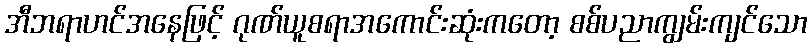
အီဘရာဟင်အနေဖြင့် ဂုဏ်ယူစရာအကောင်းဆုံးကတော့ စစ်ပညာကျွမ်းကျင်သော